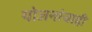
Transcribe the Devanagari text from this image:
योजनांचाही